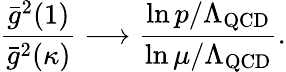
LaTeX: {\frac{\bar{g}^{2}(1)}{\bar{g}^{2}(\kappa)}}\longrightarrow\frac{\ln p/\Lambda_{\mathrm{QCD}}}{\ln\mu/\Lambda_{\mathrm{QCD}}}.